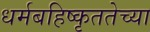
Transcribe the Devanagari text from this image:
धर्मबहिष्कृततेच्या